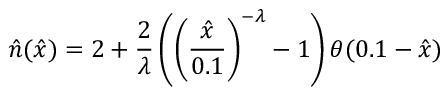
\hat { n } ( \hat { x } ) = 2 + \frac { 2 } { \lambda } \left( \left( \frac { \hat { x } } { 0 . 1 } \right) ^ { - \lambda } - 1 \right) \theta ( 0 . 1 - \hat { x } )